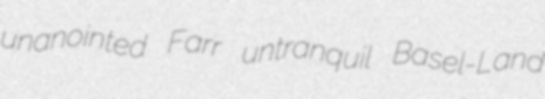
unanointed Farr untranquil Basel-Land